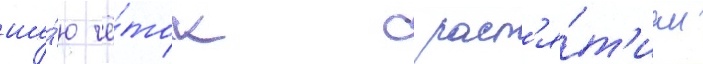
ше́ю чё́ток с расп'я́т'ием